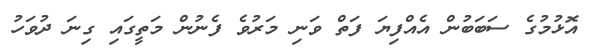
އޮޅުމުގެ ސަބަބުން އެއްފިޔަ ފަތް ވަނި މަރުވެ ފެނުން މަތީގައި ގިނަ ދުވަހު